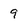
Character: 9